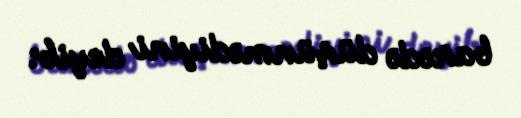
barədə düşünmədiyini deyib.